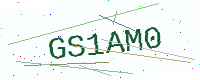
Text: GS1AM0